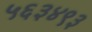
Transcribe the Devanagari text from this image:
५६३४९३